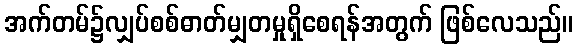
အက်တမ်၌လျှပ်စစ်ဓာတ်မျှတမှုရှိစေရန်အတွက် ဖြစ်လေသည်။